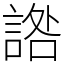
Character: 䛮